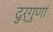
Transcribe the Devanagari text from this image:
दुर्गुणां